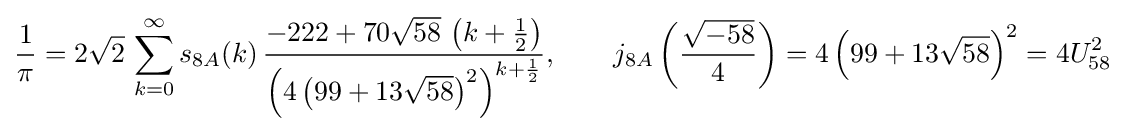
{\frac {1}{\pi }}=2{\sqrt {2}}\,\sum _{k=0}^{\infty }s_{8A}(k)\,{\frac {-222+70{\sqrt {58}}\,\left(k+{\frac {1}{2}}\right)}{\left(4\left(99+13{\sqrt {58}}\right)^{2}\right)^{k+{\frac {1}{2}}}}},\qquad j_{8A}\left({\frac {\sqrt {-58}}{4}}\right)=4\left(99+13{\sqrt {58}}\right)^{2}=4U_{58}^{2}